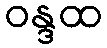
ဝန္ဒထ